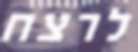
לרצח